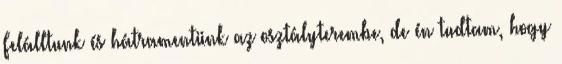
Felálltunk és hátramentünk az osztályterembe, de én tudtam, hogy